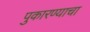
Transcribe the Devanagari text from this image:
पुकारण्याचा